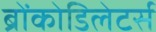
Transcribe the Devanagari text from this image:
ब्रोंकोडिलेटर्स